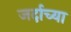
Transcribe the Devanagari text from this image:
जर्दाच्या